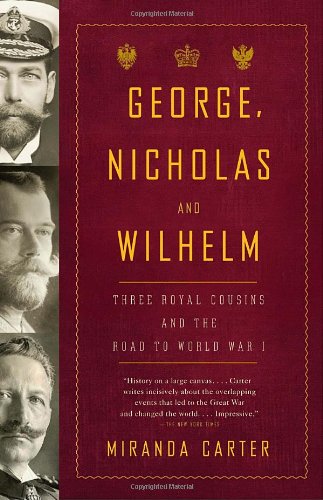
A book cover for George, Nicholas and Wilhelm: Three Royal Cousins and the Road to World War I; Miranda Carter; Biographies & Memoirs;